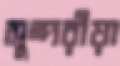
সুন্দরীয়া